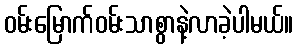
ဝမ်းမြောက်ဝမ်းသာစွာနဲ့လာခဲ့ပါမယ်။